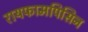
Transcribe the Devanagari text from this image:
रायफामपिसिन